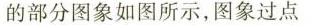
的部分图象如图所示，图象过点